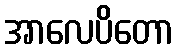
အာလေပိတော